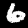
Label: 6